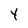
Character: Y